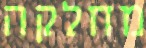
מחלקה